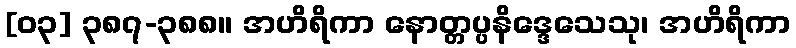
[၀၃] ၃၈၇-၃၈၈။ အဟိရိကာ နောတ္တပ္ပနိဒ္ဒေသေသု၊ အဟိရိကာ